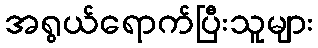
အရွယ်ရောက်ပြီးသူများ